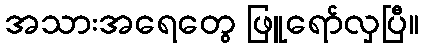
အသားအရေတွေ ဖြူရော်လှပြီ။